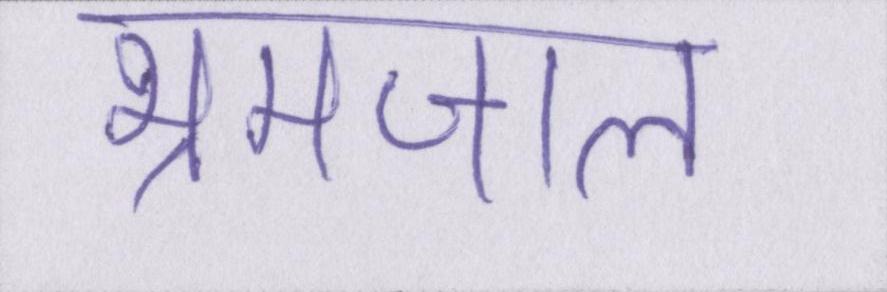
भ्रमजाल